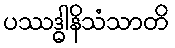
ပဿဒ္ဓါနိသံသာတိ